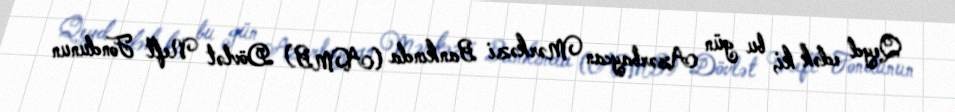
Qeyd edək ki, bu gün Azərbaycan Mərkəzi Bankında (AMB) Dövlət Neft Fondunun